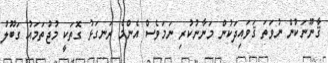
ޤާނޫނަކުން ނުވަތަ ޤަވައިދަކުން މަނާނުކުރި ނަމަވެސް އެންމެ ރަނގަޅު ގޮތަކީ މުޖުތަމައު ގަބޫލު